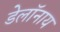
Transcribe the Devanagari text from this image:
डेलॉनाय